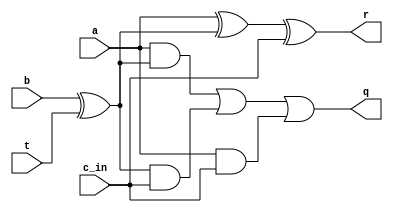
module cas_1bit(a,b,t,c_in,r,q);
input a,b;
input c_in;
input t;
output q;
output r;

wire b1;

assign b1 = b ^ t;
assign r  = a ^ b1 ^ c_in;
assign q = (a & b1) | (b1 & c_in) | (a & c_in);

endmodule

// bo chia 4bit cho 2 bit
module div_16bit_8bit(a,b,clk,rst_n,q);
input [15:0] a;    // so bi chia
input [7:0] b;    // so chia
input clk,rst_n;
output [15:0] q;   // thuong nhet them cac bit 0

wire [7:0] rem15, rem14,rem13,rem12,rem11, rem10,rem9,rem8,rem7, rem6,rem5,rem4,rem3,rem2,rem1,rem0;
wire [6:0]c_t15,c_t14,c_t13,c_t12,c_t11,c_t10,c_t9,c_t8,c_t7,c_t6,c_t5,c_t4,c_t3,c_t2,c_t1,c_t0;
wire [15:0] a_r1,a_r2,a_r3;
wire [7:0] b_r1,b_r2,b_r3;
wire t_r1,t_r2,t_r3;
wire [6:0] rem_r1,rem_r2,rem_r3;
reg  [34:0] r1;
reg  [38:0]r2;
reg  [42:0]r3;
wire [15:0] q_tmp;


// tang 15
cas_1bit cas_15_0 (a[15],b[0],1'b1,1'b1,rem15[0],c_t15[0]);
cas_1bit cas_15_1 (1'b0,b[1],1'b1,c_t15[0],rem15[1],c_t15[1]);
cas_1bit cas_15_2 (1'b0,b[2],1'b1,c_t15[1],rem15[2],c_t15[2]);
cas_1bit cas_15_3 (1'b0,b[3],1'b1,c_t15[2],rem15[3],c_t15[3]);
cas_1bit cas_15_4 (1'b0,b[4],1'b1,c_t15[3],rem15[4],c_t15[4]);
cas_1bit cas_15_5 (1'b0,b[5],1'b1,c_t15[4],rem15[5],c_t15[5]);
cas_1bit cas_15_6 (1'b0,b[6],1'b1,c_t15[5],rem15[6],c_t15[6]);
cas_1bit cas_15_7 (1'b0,b[7],1'b1,c_t15[6],rem15[7],q_tmp[15]);

// tang 14
cas_1bit cas_14_0 (a[14],b[0],q_tmp[15],q_tmp[15],rem14[0],c_t14[0]);
cas_1bit cas_14_1 (rem15[0],b[1],q_tmp[15],c_t14[0],rem14[1],c_t14[1]);
cas_1bit cas_14_2 (rem15[1],b[2],q_tmp[15],c_t14[1],rem14[2],c_t14[2]);
cas_1bit cas_14_3 (rem15[2],b[3],q_tmp[15],c_t14[2],rem14[3],c_t14[3]);
cas_1bit cas_14_4 (rem15[3],b[4],q_tmp[15],c_t14[3],rem14[4],c_t14[4]);
cas_1bit cas_14_5 (rem15[4],b[5],q_tmp[15],c_t14[4],rem14[5],c_t14[5]);
cas_1bit cas_14_6 (rem15[5],b[6],q_tmp[15],c_t14[5],rem14[6],c_t14[6]);
cas_1bit cas_14_7 (rem15[6],b[7],q_tmp[15],c_t14[6],rem14[7],q_tmp[14]);

// tang 13
cas_1bit cas_13_0 (a[13],b[0],q_tmp[14],q_tmp[14],rem13[0],c_t13[0]);
cas_1bit cas_13_1 (rem14[0],b[1],q_tmp[14],c_t13[0],rem13[1],c_t13[1]);
cas_1bit cas_13_2 (rem14[1],b[2],q_tmp[14],c_t13[1],rem13[2],c_t13[2]);
cas_1bit cas_13_3 (rem14[2],b[3],q_tmp[14],c_t13[2],rem13[3],c_t13[3]);
cas_1bit cas_13_4 (rem14[3],b[4],q_tmp[14],c_t13[3],rem13[4],c_t13[4]);
cas_1bit cas_13_5 (rem14[4],b[5],q_tmp[14],c_t13[4],rem13[5],c_t13[5]);
cas_1bit cas_13_6 (rem14[5],b[6],q_tmp[14],c_t13[5],rem13[6],c_t13[6]);
cas_1bit cas_13_7 (rem14[6],b[7],q_tmp[14],c_t13[6],rem13[7],q_tmp[13]);

// tang 12
cas_1bit cas_12_0 (a[12],b[0],q_tmp[13],q_tmp[13],rem12[0],c_t12[0]);
cas_1bit cas_12_1 (rem13[0],b[1],q_tmp[13],c_t12[0],rem12[1],c_t12[1]);
cas_1bit cas_12_2 (rem13[1],b[2],q_tmp[13],c_t12[1],rem12[2],c_t12[2]);
cas_1bit cas_12_3 (rem13[2],b[3],q_tmp[13],c_t12[2],rem12[3],c_t12[3]);
cas_1bit cas_12_4 (rem13[3],b[4],q_tmp[13],c_t12[3],rem12[4],c_t12[4]);
cas_1bit cas_12_5 (rem13[4],b[5],q_tmp[13],c_t12[4],rem12[5],c_t12[5]);
cas_1bit cas_12_6 (rem13[5],b[6],q_tmp[13],c_t12[5],rem12[6],c_t12[6]);
cas_1bit cas_12_7 (rem13[6],b[7],q_tmp[13],c_t12[6],rem12[7],q_tmp[12]);


always @(posedge clk or negedge rst_n)
 begin
  if(!rst_n)
     r1 <= 0;
  else
     r1 <= {q_tmp[15:12],rem12[6:0],b[7:0],a[15:0]};  // r1=  [34:0] --> t_r1 = r1[31] // r2[38:0] = {r1[46:43],q_tmp[11:8],rem12[6:0],b[7:0],a[15:0]}
 end                                                  // r3 [42:0] 
 assign t_r1 = r1[31];
 assign a_r1   = r1[15:0];
 assign b_r1   = r1[23:16];
 assign rem_r1 = r1[30:24];
  
// tang 11
cas_1bit cas_11_0 (a_r1[11],b_r1[0],t_r1,t_r1,rem11[0],c_t11[0]);
cas_1bit cas_11_1 (rem_r1[0],b_r1[1],t_r1,c_t11[0],rem11[1],c_t11[1]);
cas_1bit cas_11_2 (rem_r1[1],b_r1[2],t_r1,c_t11[1],rem11[2],c_t11[2]);
cas_1bit cas_11_3 (rem_r1[2],b_r1[3],t_r1,c_t11[2],rem11[3],c_t11[3]);
cas_1bit cas_11_4 (rem_r1[3],b_r1[4],t_r1,c_t11[3],rem11[4],c_t11[4]);
cas_1bit cas_11_5 (rem_r1[4],b_r1[5],t_r1,c_t11[4],rem11[5],c_t11[5]);
cas_1bit cas_11_6 (rem_r1[5],b_r1[6],t_r1,c_t11[5],rem11[6],c_t11[6]);
cas_1bit cas_11_7 (rem_r1[6],b_r1[7],t_r1,c_t11[6],rem11[7],q_tmp[11]);

// tang 10
cas_1bit cas_10_0 (a_r1[10],b_r1[0],q_tmp[11],q_tmp[11],rem10[0],c_t10[0]);
cas_1bit cas_10_1 (rem11[0],b_r1[1],q_tmp[11],c_t10[0],rem10[1],c_t10[1]);
cas_1bit cas_10_2 (rem11[1],b_r1[2],q_tmp[11],c_t10[1],rem10[2],c_t10[2]);
cas_1bit cas_10_3 (rem11[2],b_r1[3],q_tmp[11],c_t10[2],rem10[3],c_t10[3]);
cas_1bit cas_10_4 (rem11[3],b_r1[4],q_tmp[11],c_t10[3],rem10[4],c_t10[4]);
cas_1bit cas_10_5 (rem11[4],b_r1[5],q_tmp[11],c_t10[4],rem10[5],c_t10[5]);
cas_1bit cas_10_6 (rem11[5],b_r1[6],q_tmp[11],c_t10[5],rem10[6],c_t10[6]);
cas_1bit cas_10_7 (rem11[6],b_r1[7],q_tmp[11],c_t10[6],rem10[7],q_tmp[10]);


// tang 9
cas_1bit cas_9_0 (a_r1[9],b_r1[0],q_tmp[10],q_tmp[10],rem9[0],c_t9[0]);
cas_1bit cas_9_1 (rem10[0],b_r1[1],q_tmp[10],c_t9[0],rem9[1],c_t9[1]);
cas_1bit cas_9_2 (rem10[1],b_r1[2],q_tmp[10],c_t9[1],rem9[2],c_t9[2]);
cas_1bit cas_9_3 (rem10[2],b_r1[3],q_tmp[10],c_t9[2],rem9[3],c_t9[3]);
cas_1bit cas_9_4 (rem10[3],b_r1[4],q_tmp[10],c_t9[3],rem9[4],c_t9[4]);
cas_1bit cas_9_5 (rem10[4],b_r1[5],q_tmp[10],c_t9[4],rem9[5],c_t9[5]);
cas_1bit cas_9_6 (rem10[5],b_r1[6],q_tmp[10],c_t9[5],rem9[6],c_t9[6]);
cas_1bit cas_9_7 (rem10[6],b_r1[7],q_tmp[10],c_t9[6],rem9[7],q_tmp[9]);


// tang 8
cas_1bit cas_8_0 (a_r1[8],b_r1[0],q_tmp[9],q_tmp[9],rem8[0],c_t8[0]);
cas_1bit cas_8_1 (rem9[0],b_r1[1],q_tmp[9],c_t8[0],rem8[1],c_t8[1]);
cas_1bit cas_8_2 (rem9[1],b_r1[2],q_tmp[9],c_t8[1],rem8[2],c_t8[2]);
cas_1bit cas_8_3 (rem9[2],b_r1[3],q_tmp[9],c_t8[2],rem8[3],c_t8[3]);
cas_1bit cas_8_4 (rem9[3],b_r1[4],q_tmp[9],c_t8[3],rem8[4],c_t8[4]);
cas_1bit cas_8_5 (rem9[4],b_r1[5],q_tmp[9],c_t8[4],rem8[5],c_t8[5]);
cas_1bit cas_8_6 (rem9[5],b_r1[6],q_tmp[9],c_t8[5],rem8[6],c_t8[6]);
cas_1bit cas_8_7 (rem9[6],b_r1[7],q_tmp[9],c_t8[6],rem8[7],q_tmp[8]);

always @(posedge clk or negedge rst_n)
 begin
  if(!rst_n)
     r2 <= 38'd0;
  else
     r2 <= {r1[34:31],q_tmp[11:8],rem8[6:0],b_r1[7:0],a_r1[15:0]}; // r2[38:0]
 end
 assign t_r2 = r2[31];
 assign a_r2   = r2[15:0];
 assign b_r2   = r2[23:16];
 assign rem_r2 = r2[30:24];

// tang 7
cas_1bit cas_7_0 (a_r2[7],b_r2[0],t_r2,t_r2,rem7[0],c_t7[0]);
cas_1bit cas_7_1 (rem_r2[0],b_r2[1],t_r2,c_t7[0],rem7[1],c_t7[1]);
cas_1bit cas_7_2 (rem_r2[1],b_r2[2],t_r2,c_t7[1],rem7[2],c_t7[2]);
cas_1bit cas_7_3 (rem_r2[2],b_r2[3],t_r2,c_t7[2],rem7[3],c_t7[3]);
cas_1bit cas_7_4 (rem_r2[3],b_r2[4],t_r2,c_t7[3],rem7[4],c_t7[4]);
cas_1bit cas_7_5 (rem_r2[4],b_r2[5],t_r2,c_t7[4],rem7[5],c_t7[5]);
cas_1bit cas_7_6 (rem_r2[5],b_r2[6],t_r2,c_t7[5],rem7[6],c_t7[6]);
cas_1bit cas_7_7 (rem_r2[6],b_r2[7],t_r2,c_t7[6],rem7[7],q_tmp[7]);

// tang 6
cas_1bit cas_6_0 (a_r2[6],b_r2[0],q_tmp[7],q_tmp[7],rem6[0],c_t6[0]);
cas_1bit cas_6_1 (rem7[0],b_r2[1],q_tmp[7],c_t6[0],rem6[1],c_t6[1]);
cas_1bit cas_6_2 (rem7[1],b_r2[2],q_tmp[7],c_t6[1],rem6[2],c_t6[2]);
cas_1bit cas_6_3 (rem7[2],b_r2[3],q_tmp[7],c_t6[2],rem6[3],c_t6[3]);
cas_1bit cas_6_4 (rem7[3],b_r2[4],q_tmp[7],c_t6[3],rem6[4],c_t6[4]);
cas_1bit cas_6_5 (rem7[4],b_r2[5],q_tmp[7],c_t6[4],rem6[5],c_t6[5]);
cas_1bit cas_6_6 (rem7[5],b_r2[6],q_tmp[7],c_t6[5],rem6[6],c_t6[6]);
cas_1bit cas_6_7 (rem7[6],b_r2[7],q_tmp[7],c_t6[6],rem6[7],q_tmp[6]);


// tang 5
cas_1bit cas_5_0 (a_r2[5],b_r2[0],q_tmp[6],q_tmp[6],rem5[0],c_t5[0]);
cas_1bit cas_5_1 (rem6[0],b_r2[1],q_tmp[6],c_t5[0],rem5[1],c_t5[1]);
cas_1bit cas_5_2 (rem6[1],b_r2[2],q_tmp[6],c_t5[1],rem5[2],c_t5[2]);
cas_1bit cas_5_3 (rem6[2],b_r2[3],q_tmp[6],c_t5[2],rem5[3],c_t5[3]);
cas_1bit cas_5_4 (rem6[3],b_r2[4],q_tmp[6],c_t5[3],rem5[4],c_t5[4]);
cas_1bit cas_5_5 (rem6[4],b_r2[5],q_tmp[6],c_t5[4],rem5[5],c_t5[5]);
cas_1bit cas_5_6 (rem6[5],b_r2[6],q_tmp[6],c_t5[5],rem5[6],c_t5[6]);
cas_1bit cas_5_7 (rem6[6],b_r2[7],q_tmp[6],c_t5[6],rem5[7],q_tmp[5]);


// tang 4
cas_1bit cas_4_0 (a_r2[4],b_r2[0],q_tmp[5],q_tmp[5],rem4[0],c_t4[0]);
cas_1bit cas_4_1 (rem5[0],b_r2[1],q_tmp[5],c_t4[0],rem4[1],c_t4[1]);
cas_1bit cas_4_2 (rem5[1],b_r2[2],q_tmp[5],c_t4[1],rem4[2],c_t4[2]);
cas_1bit cas_4_3 (rem5[2],b_r2[3],q_tmp[5],c_t4[2],rem4[3],c_t4[3]);
cas_1bit cas_4_4 (rem5[3],b_r2[4],q_tmp[5],c_t4[3],rem4[4],c_t4[4]);
cas_1bit cas_4_5 (rem5[4],b_r2[5],q_tmp[5],c_t4[4],rem4[5],c_t4[5]);
cas_1bit cas_4_6 (rem5[5],b_r2[6],q_tmp[5],c_t4[5],rem4[6],c_t4[6]);
cas_1bit cas_4_7 (rem5[6],b_r2[7],q_tmp[5],c_t4[6],rem4[7],q_tmp[4]);

always @(posedge clk or negedge rst_n)
 begin
  if(!rst_n)
     r3 <= 0;
  else
     r3 <= {r2[38:31],q_tmp[7:4],rem4[6:0],b_r2[7:0],a_r2[15:0]}; // r3[42:0]
 end
 assign t_r3 = r3[31];
 assign a_r3   = r3[15:0];
 assign b_r3   = r3[23:16];
 assign rem_r3 = r3[30:24];
 
 // tang 3
cas_1bit cas_3_0 (a_r3[3],b_r3[0],t_r3,t_r3,rem3[0],c_t3[0]);
cas_1bit cas_3_1 (rem_r3[0],b_r3[1],t_r3,c_t3[0],rem3[1],c_t3[1]);
cas_1bit cas_3_2 (rem_r3[1],b_r3[2],t_r3,c_t3[1],rem3[2],c_t3[2]);
cas_1bit cas_3_3 (rem_r3[2],b_r3[3],t_r3,c_t3[2],rem3[3],c_t3[3]);
cas_1bit cas_3_4 (rem_r3[3],b_r3[4],t_r3,c_t3[3],rem3[4],c_t3[4]);
cas_1bit cas_3_5 (rem_r3[4],b_r3[5],t_r3,c_t3[4],rem3[5],c_t3[5]);
cas_1bit cas_3_6 (rem_r3[5],b_r3[6],t_r3,c_t3[5],rem3[6],c_t3[6]);
cas_1bit cas_3_7 (rem_r3[6],b_r3[7],t_r3,c_t3[6],rem3[7],q_tmp[3]);

// tang 2
cas_1bit cas_2_0 (a_r3[2],b_r3[0],q_tmp[3],q_tmp[3],rem2[0],c_t2[0]);
cas_1bit cas_2_1 (rem3[0],b_r3[1],q_tmp[3],c_t2[0],rem2[1],c_t2[1]);
cas_1bit cas_2_2 (rem3[1],b_r3[2],q_tmp[3],c_t2[1],rem2[2],c_t2[2]);
cas_1bit cas_2_3 (rem3[2],b_r3[3],q_tmp[3],c_t2[2],rem2[3],c_t2[3]);
cas_1bit cas_2_4 (rem3[3],b_r3[4],q_tmp[3],c_t2[3],rem2[4],c_t2[4]);
cas_1bit cas_2_5 (rem3[4],b_r3[5],q_tmp[3],c_t2[4],rem2[5],c_t2[5]);
cas_1bit cas_2_6 (rem3[5],b_r3[6],q_tmp[3],c_t2[5],rem2[6],c_t2[6]);
cas_1bit cas_2_7 (rem3[6],b_r3[7],q_tmp[3],c_t2[6],rem2[7],q_tmp[2]);


// tang 1
cas_1bit cas_1_0 (a_r3[1],b_r3[0],q_tmp[2],q_tmp[2],rem1[0],c_t1[0]);
cas_1bit cas_1_1 (rem2[0],b_r3[1],q_tmp[2],c_t1[0],rem1[1],c_t1[1]);
cas_1bit cas_1_2 (rem2[1],b_r3[2],q_tmp[2],c_t1[1],rem1[2],c_t1[2]);
cas_1bit cas_1_3 (rem2[2],b_r3[3],q_tmp[2],c_t1[2],rem1[3],c_t1[3]);
cas_1bit cas_1_4 (rem2[3],b_r3[4],q_tmp[2],c_t1[3],rem1[4],c_t1[4]);
cas_1bit cas_1_5 (rem2[4],b_r3[5],q_tmp[2],c_t1[4],rem1[5],c_t1[5]);
cas_1bit cas_1_6 (rem2[5],b_r3[6],q_tmp[2],c_t1[5],rem1[6],c_t1[6]);
cas_1bit cas_1_7 (rem2[6],b_r3[7],q_tmp[2],c_t1[6],rem1[7],q_tmp[1]);


// tang 0
cas_1bit cas_0_0 (a_r3[0],b_r3[0],q_tmp[1],q_tmp[1],rem0[0],c_t0[0]);
cas_1bit cas_0_1 (rem1[0],b_r3[1],q_tmp[1],c_t0[0],rem0[1],c_t0[1]);
cas_1bit cas_0_2 (rem1[1],b_r3[2],q_tmp[1],c_t0[1],rem0[2],c_t0[2]);
cas_1bit cas_0_3 (rem1[2],b_r3[3],q_tmp[1],c_t0[2],rem0[3],c_t0[3]);
cas_1bit cas_0_4 (rem1[3],b_r3[4],q_tmp[1],c_t0[3],rem0[4],c_t0[4]);
cas_1bit cas_0_5 (rem1[4],b_r3[5],q_tmp[1],c_t0[4],rem0[5],c_t0[5]);
cas_1bit cas_0_6 (rem1[5],b_r3[6],q_tmp[1],c_t0[5],rem0[6],c_t0[6]);
cas_1bit cas_0_7 (rem1[6],b_r3[7],q_tmp[1],c_t0[6],rem0[7],q_tmp[0]);

assign q = { r3[42:31], q_tmp[3:0] };

endmodule